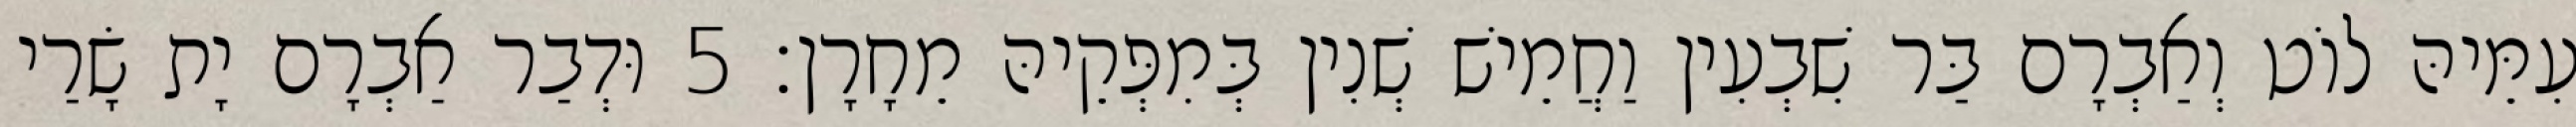
עִמֵּיהּ לוֹט וְאַבְרָם בַּר שִׁבְעִין וַחֲמֵישׁ שְׁנִין בְּמִפְּקֵיהּ מֵחָרָן׃ 5 וּדְבַר אַבְרָם יָת שָׂרַי